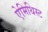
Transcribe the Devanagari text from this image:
ऐमिथिस्ट